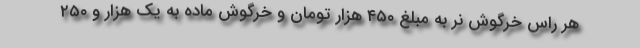
هر راس خرگوش نر به مبلغ ۴۵۰ هزار تومان و خرگوش ماده به یک هزار و ۲۵۰